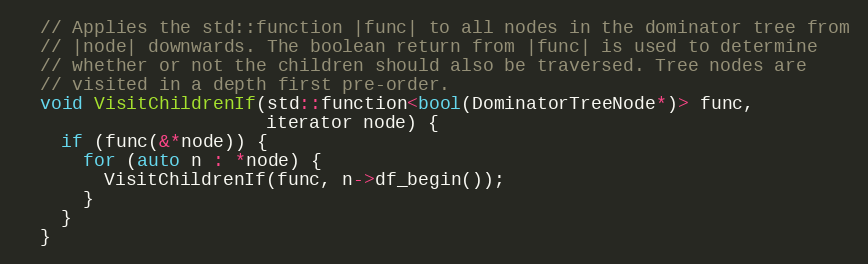
Language: C
  // Applies the std::function |func| to all nodes in the dominator tree from
  // |node| downwards. The boolean return from |func| is used to determine
  // whether or not the children should also be traversed. Tree nodes are
  // visited in a depth first pre-order.
  void VisitChildrenIf(std::function<bool(DominatorTreeNode*)> func,
                       iterator node) {
    if (func(&*node)) {
      for (auto n : *node) {
        VisitChildrenIf(func, n->df_begin());
      }
    }
  }